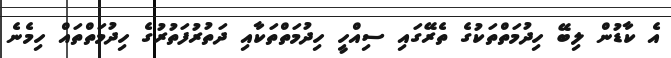
އެ ކާޑުން ލިބޭ ހިދުމަތްތަކުގެ ތެރޭގައި ސިއްހީ ހިދުމަތްތަކާއި ދަތުރުފަތުރުގެ ހިދުމަތްތައް ހިމެނެ